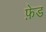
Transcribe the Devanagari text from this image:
फ़ेड